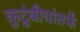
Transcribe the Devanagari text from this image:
कुटुंबीयांतर्फे